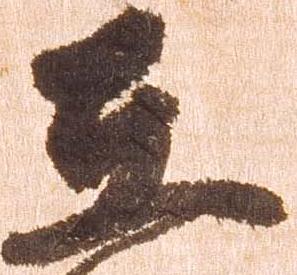
在